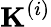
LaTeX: \mathbf{K}^{\left(i\right)}